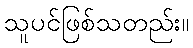
သူပင်ဖြစ်သတည်း။